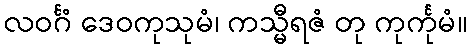
လဝင်္ဂံ ဒေဝကုသုမံ၊ ကသ္မီရဇံ တု ကုင်္ကုမံ။